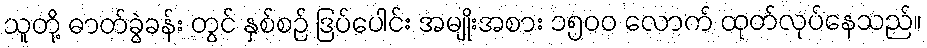
သူတို့ ဓာတ်ခွဲခန်း တွင် နှစ်စဉ် ဒြပ်ပေါင်း အမျိုးအစား ၁၅၀၀ လောက် ထုတ်လုပ်နေသည်။